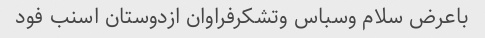
باعرض سلام وسباس وتشکرفراوان ازدوستان اسنب فود